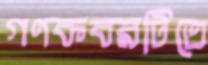
গণকবরটিতে